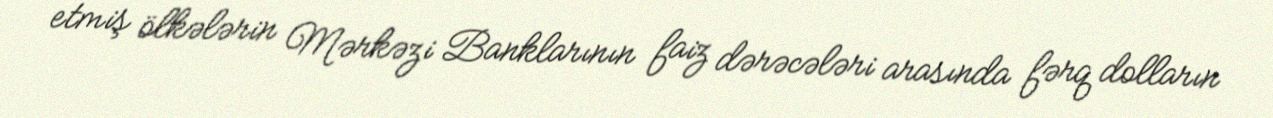
etmiş ölkələrin Mərkəzi Banklarının faiz dərəcələri arasında fərq dolların